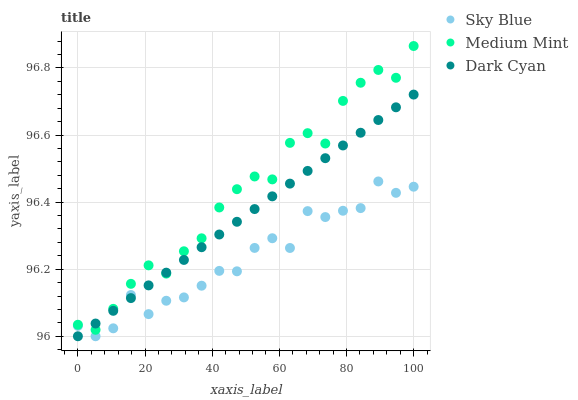
| xaxis_label | Sky Blue | Medium Mint | Dark Cyan |
 | --- | --- | --- | --- |
 | 0 | 96 | 96 | 96 |
 | 5.26 | 96 | 96 | 96 |
 | 10.5 | 96 | 96.1 | 96.1 |
 | 15.8 | 96.1 | 96.2 | 96.1 |
 | 21.1 | 96.1 | 96.2 | 96.2 |
 | 26.3 | 96.1 | 96.2 | 96.2 |
 | 31.6 | 96.1 | 96.3 | 96.2 |
 | 36.8 | 96.2 | 96.3 | 96.3 |
 | 42.1 | 96.2 | 96.4 | 96.3 |
 | 47.4 | 96.2 | 96.4 | 96.3 |
 | 52.6 | 96.3 | 96.5 | 96.4 |
 | 57.9 | 96.3 | 96.5 | 96.4 |
 | 63.2 | 96.3 | 96.6 | 96.5 |
 | 68.4 | 96.4 | 96.6 | 96.5 |
 | 73.7 | 96.4 | 96.6 | 96.5 |
 | 78.9 | 96.4 | 96.7 | 96.6 |
 | 84.2 | 96.4 | 96.8 | 96.6 |
 | 89.5 | 96.5 | 96.8 | 96.6 |
 | 94.7 | 96.4 | 96.8 | 96.7 |
 | 100 | 96.4 | 96.9 | 96.7 |